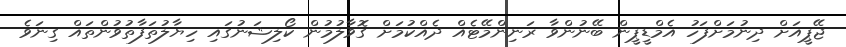
ޖޭޕީއަށް ދިނުމަށްފަހު އެމްޑީޕީން ބޭނުންވާ ރަނިންމޭޓެއް ދެއްކުމަށް ގޮވާލުމުން ކޯލިޝަނުގައި ހިޔާލުތަފާތުވުންތައް ގިނަވެ